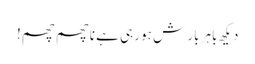
دیکھ باہر بار ش ہو رہی ہے ناچھم چھم!